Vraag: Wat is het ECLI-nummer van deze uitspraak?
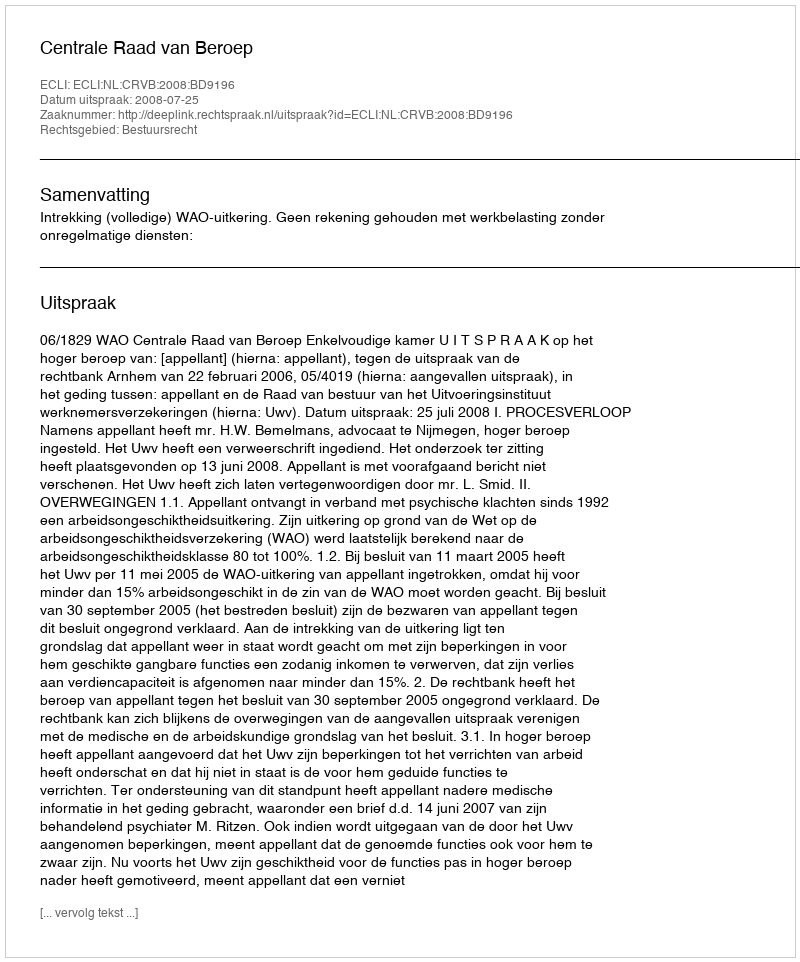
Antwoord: ECLI:NL:CRVB:2008:BD9196